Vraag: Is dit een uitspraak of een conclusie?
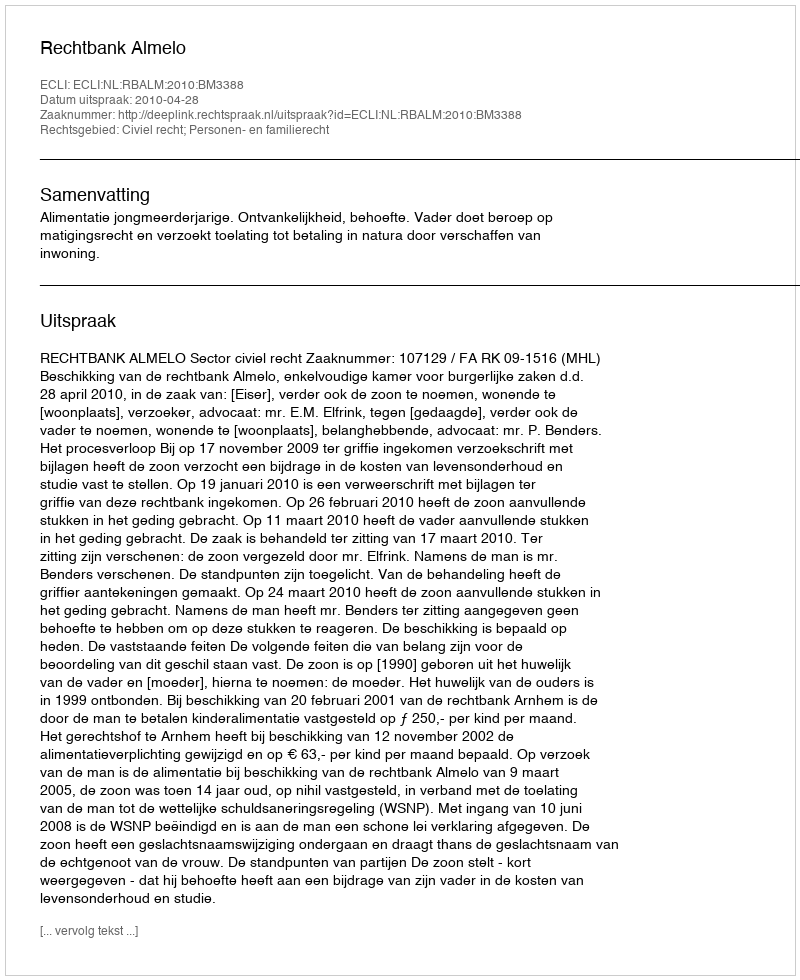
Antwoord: Uitspraak